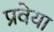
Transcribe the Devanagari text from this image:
प्रवेया